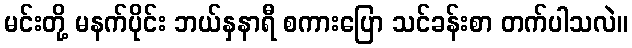
မင်းတို့ မနက်ပိုင်း ဘယ်နှနာရီ စကားပြော သင်ခန်းစာ တက်ပါသလဲ။